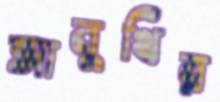
আনুখির